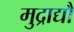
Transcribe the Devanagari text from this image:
मुद्राद्यौ